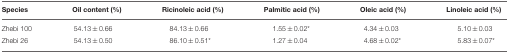
<table><thead><tr><td><b>Species</b></td><td><b>Oil content (%)</b></td><td><b>Ricinoleic acid (%)</b></td><td><b>Palmitic acid (%)</b></td><td><b>Oleic acid (%)</b></td><td><b>Linoleic acid (%)</b></td></tr></thead><tbody><tr><td>Zhebi 100</td><td>54.13 ± 0.66</td><td>84.13 ± 0.66</td><td>1.55 ± 0.02<sup>*</sup></td><td>4.34 ± 0.03</td><td>5.10 ± 0.03</td></tr><tr><td>Zhebi 26</td><td>54.13 ± 0.50</td><td>86.10 ± 0.51<sup>*</sup></td><td>1.27 ± 0.04</td><td>4.68 ± 0.02<sup>*</sup></td><td>5.83 ± 0.07<sup>*</sup></td></tr></tbody></table>